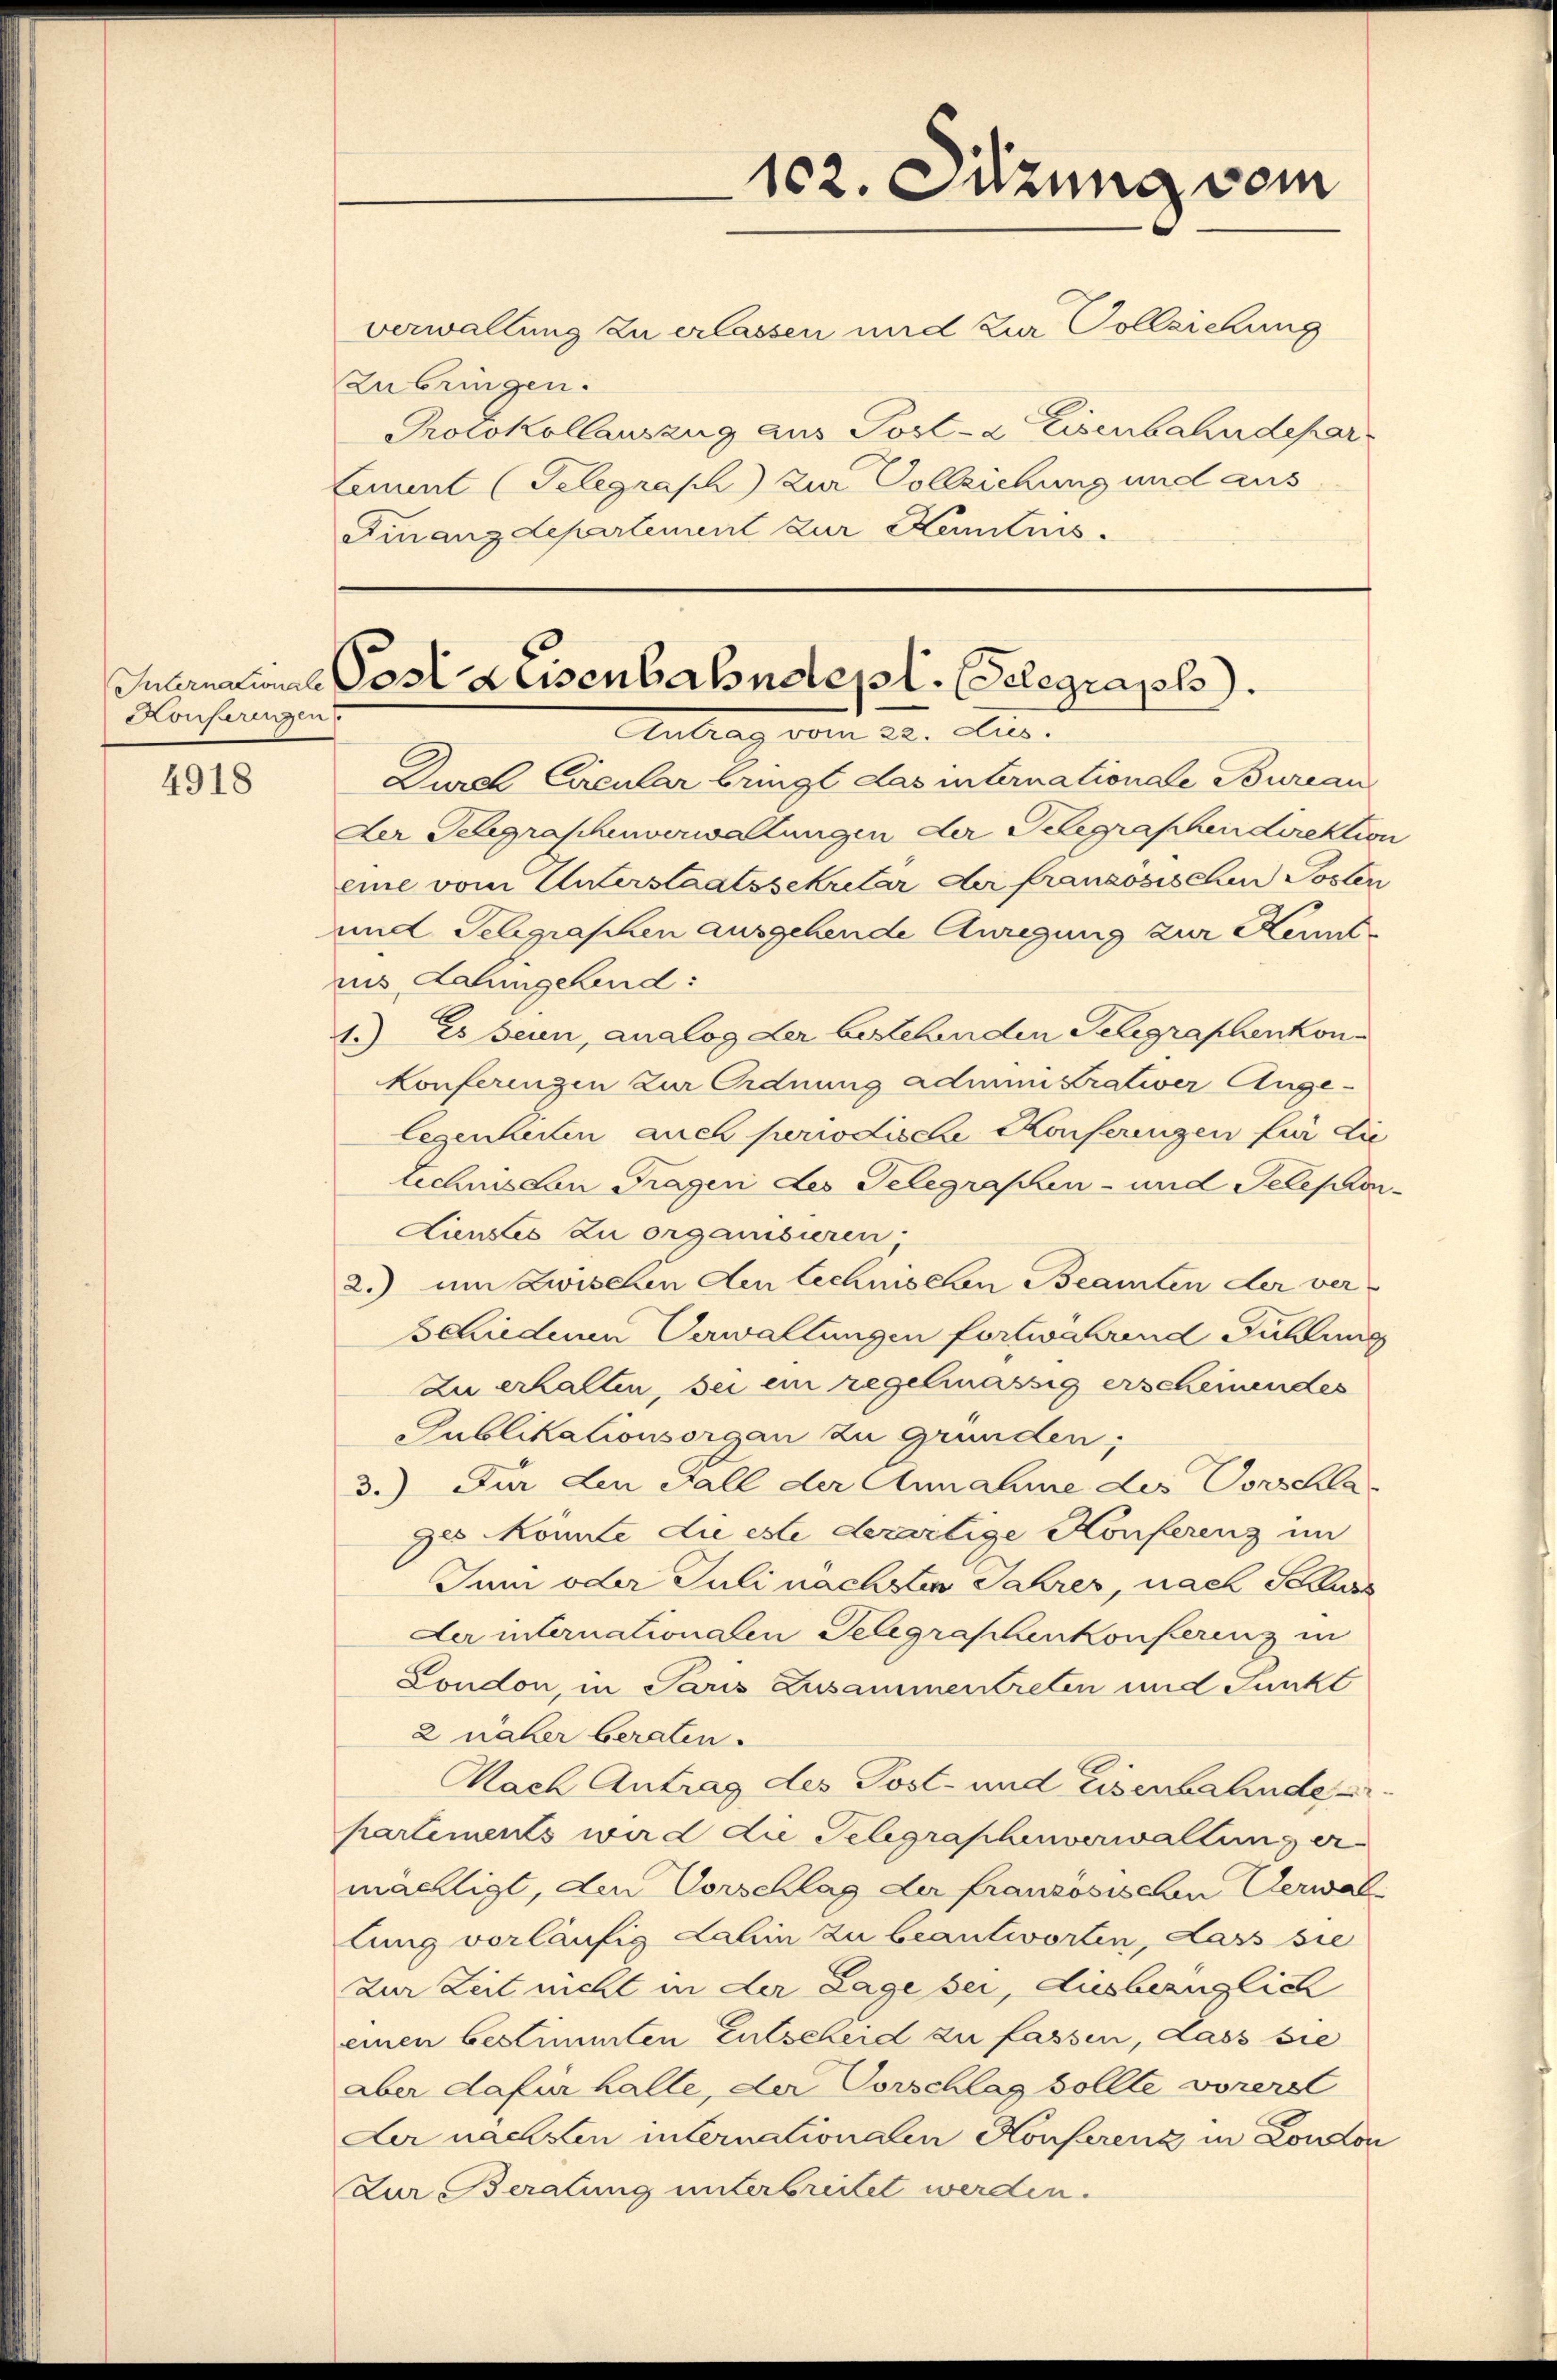
Konferengen

4918

Zubringen.

102. Sitzung vom
verwaltung zu erlassen und zur Vollziehung
Protokollauszug aus Post- & Eisenbahndepart
Cammel (Telegrasch zu Vollziehung und aus
Finanzdepartement zur Kenntnis.

Guarnations Post Leisenbahndepl. Gelegraph.
.

Durch Circular bringt das internationale Bureau
Der Telegraphenverwaltungen der Telegraphen Direktion
eine vom Unterstaatssekular der französischen Posten
und Telegraschen ausgehende Anregung zur Kennt-
ius Dahingehend:
1.) Es sein, analog der bestehenden Gelegraphenkon¬
Konferingen zur Ordnung administrativer Ange-
legenheiten auch periodische Konferingen für die
technis den Fragen des Telegraphen- und Telephon
Linses zu organisieren.
2.) um Zwischen den technischen Beamten der ver-
schiedenen Verwaltungen fortwährend Fühlung
Zu erhalten, sei ein regelmässig erscheinendes
Publikationsorgan zu Grunden;
3.) Für den Fall der Annahme des Vorschla
zes Konnte die este derartige Konferenz im
Jum oder Juli nächsten Jahres, nach Schuss
Der internationalen Gelegraphenkonferenz in
London, in Paris Zusammentreten und Funkt
2 näher beraten.
Mach Antrag des Post- und Eisenbahnde
partements wird die Telegraphenverwaltung er
mächtigt, den Vorschlag der französischen Verwallung vorläufig Lahin zu beantworten, dass sie
zur Zeit nicht in der Lage bei, diesbezüglich
einen bestimmten Entscheid zu fassen, dass sie
aber dafür halle, der Vorschlag sollte vorerst
Der nachsten internationalen Konferenz in London
Zur Beratung unterbreitet werden.